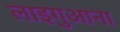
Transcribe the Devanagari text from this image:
लाइगुआना